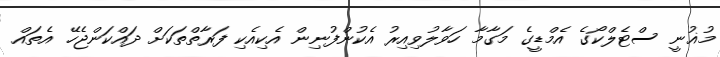
މުޣުނީ ސްޓެލްކޯގެ އެމްޑީގެ މަގާމާ ހަވާލުވިއިރު އެކުންފުނިން އެކިއެކި ފަރާތްތަކަށް ދައްކަންޖެހޭ އެތައް